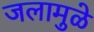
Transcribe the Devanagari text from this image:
जलामुळे